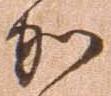
加